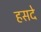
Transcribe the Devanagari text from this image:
हसदे